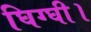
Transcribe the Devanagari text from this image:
घिग्घी।